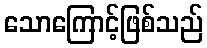
သောကြောင့်ဖြစ်သည်